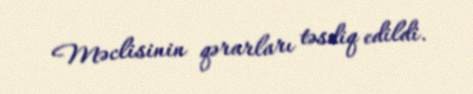
Məclisinin qərarları təsdiq edildi.